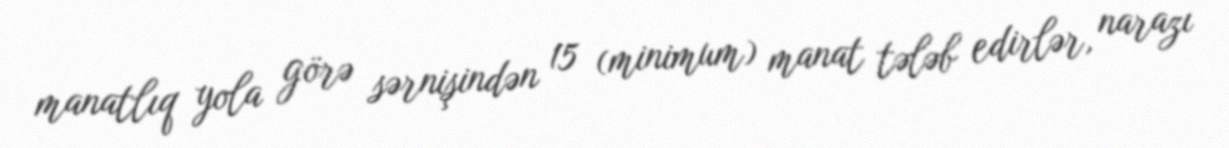
manatlıq yola görə sərnişindən 15 (minimum) manat tələb edirlər, narazı